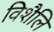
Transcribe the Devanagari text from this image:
विशैलि